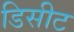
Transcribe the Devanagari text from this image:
डिसीट